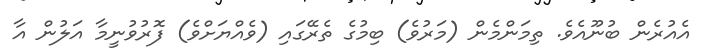
އެއުރެން ބުނޫއެވެ. ތިމަންމެން (މަރުވެ) ބިމުގެ ތެރޭގައި (ވެއްޔަށްވެ) ފޮރުވުނީމާ އަލުން އާ